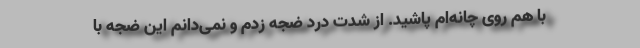
با هم روی چانه‌ام پاشید. از شدت درد ضجه زدم و نمی‌دانم این ضجه با